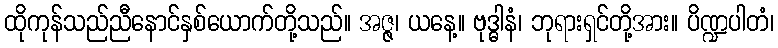
ထိုကုန်သည်ညီနောင်နှစ်ယောက်တို့သည်။ အဇ္ဇ၊ ယနေ့။ ဗုဒ္ဓါနံ၊ ဘုရားရှင်တို့အား။ ပိဏ္ဍပါတံ၊